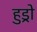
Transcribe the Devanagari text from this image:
हुड्रो